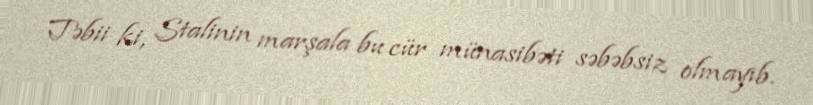
Təbii ki, Stalinin marşala bu cür münasibəti səbəbsiz olmayıb.